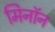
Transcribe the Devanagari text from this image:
मिनॉन